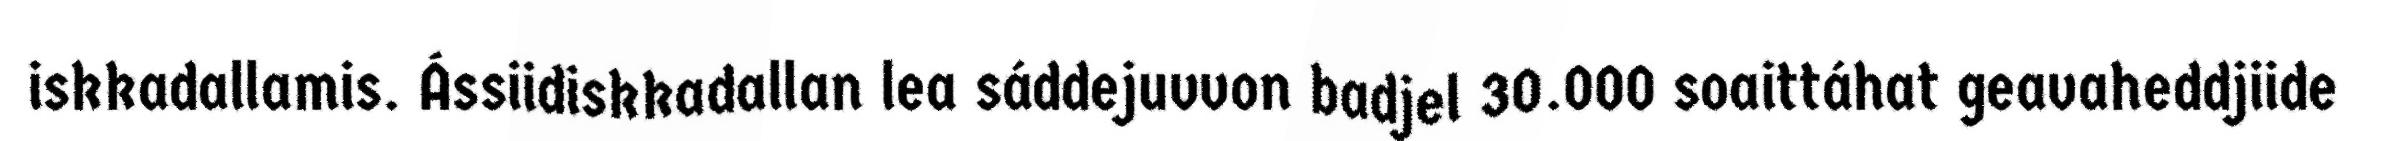
iskkadallamis. Ássiidiskkadallan lea sáddejuvvon badjel 30.000 soaittáhat geavaheddjiide